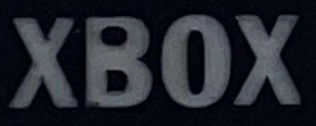
XBOX